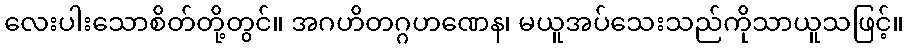
လေးပါးသောစိတ်တို့တွင်။ အဂဟိတဂ္ဂဟဏေန၊ မယူအပ်သေးသည်ကိုသာယူသဖြင့်။